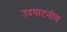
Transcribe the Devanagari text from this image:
उदघाटनीय